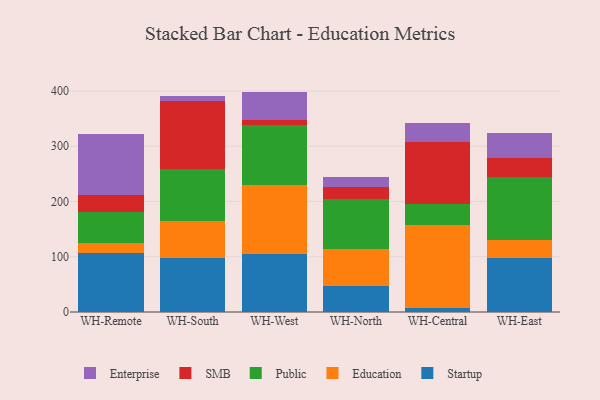
{"axis": {"x": "Warehouse", "y": "Budget (USD K)"}, "legend": ["Education", "Enterprise", "Public", "SMB", "Startup"], "data": [{"x": "WH-Remote", "y": 106.8, "type": "Startup"}, {"x": "WH-Remote", "y": 18.8, "type": "Education"}, {"x": "WH-Remote", "y": 56.1, "type": "Public"}, {"x": "WH-Remote", "y": 30.0, "type": "SMB"}, {"x": "WH-Remote", "y": 110.6, "type": "Enterprise"}, {"x": "WH-South", "y": 98.3, "type": "Startup"}, {"x": "WH-South", "y": 67.0, "type": "Education"}, {"x": "WH-South", "y": 93.0, "type": "Public"}, {"x": "WH-South", "y": 124.4, "type": "SMB"}, {"x": "WH-South", "y": 8.9, "type": "Enterprise"}, {"x": "WH-West", "y": 105.5, "type": "Startup"}, {"x": "WH-West", "y": 125.1, "type": "Education"}, {"x": "WH-West", "y": 108.3, "type": "Public"}, {"x": "WH-West", "y": 8.1, "type": "SMB"}, {"x": "WH-West", "y": 51.8, "type": "Enterprise"}, {"x": "WH-North", "y": 47.4, "type": "Startup"}, {"x": "WH-North", "y": 66.0, "type": "Education"}, {"x": "WH-North", "y": 91.6, "type": "Public"}, {"x": "WH-North", "y": 21.4, "type": "SMB"}, {"x": "WH-North", "y": 18.7, "type": "Enterprise"}, {"x": "WH-Central", "y": 7.6, "type": "Startup"}, {"x": "WH-Central", "y": 149.5, "type": "Education"}, {"x": "WH-Central", "y": 38.9, "type": "Public"}, {"x": "WH-Central", "y": 111.3, "type": "SMB"}, {"x": "WH-Central", "y": 34.3, "type": "Enterprise"}, {"x": "WH-East", "y": 97.9, "type": "Startup"}, {"x": "WH-East", "y": 31.9, "type": "Education"}, {"x": "WH-East", "y": 114.2, "type": "Public"}, {"x": "WH-East", "y": 35.3, "type": "SMB"}, {"x": "WH-East", "y": 43.9, "type": "Enterprise"}]}